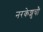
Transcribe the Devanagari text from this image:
नरकेशुचौ